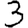
Digit: 3